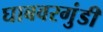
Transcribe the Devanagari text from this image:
घाबवरगुंडी